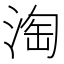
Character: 淘